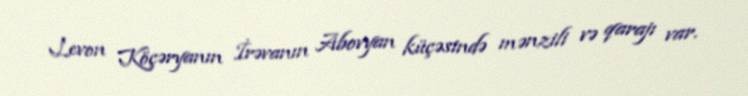
Levon Köçəryanın İrəvanın Abovyan küçəsində mənzili və qarajı var.